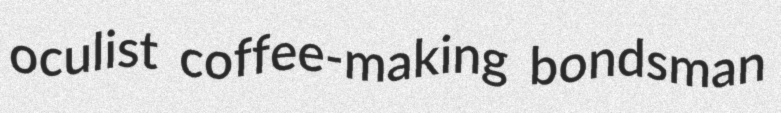
oculist coffee-making bondsman